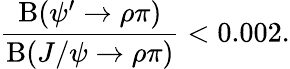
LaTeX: \frac{\mathrm{B}(\psi^{\prime}\to\rho\pi)}{\mathrm{B}(J/\psi\to\rho\pi)}<0.002.